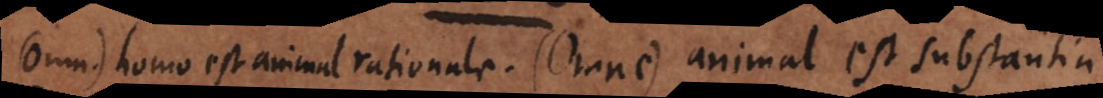
(Omnis) homo est animal rationale. (Omne) animal est substantia.